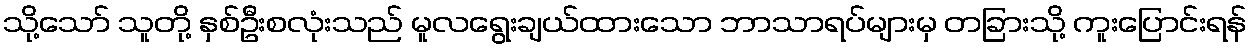
သို့သော် သူတို့ နှစ်ဦးစလုံးသည် မူလရွေးချယ်ထားသော ဘာသာရပ်များမှ တခြားသို့ ကူးပြောင်းရန်